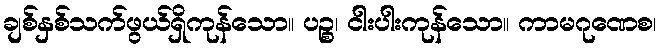
ချစ်နှစ်သက်ဖွယ်ရှိကုန်သော။ ပဉ္စ၊ ငါးပါးကုန်သော။ ကာမဂုဏေစ၊